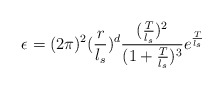
\begin{align*}\epsilon=(2\pi)^2(\frac{r}{l_s})^d\frac{(\frac{T}{l_s})^2}{(1+\frac{T}{l_s})^3}e^{\frac{T}{l_s}}\end{align*}